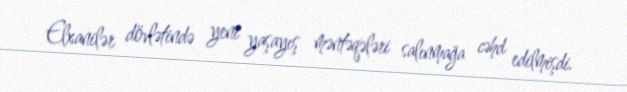
Elxanilər dövlətində yeni yaşayış məntəqələri salınmağa cəhd edilmişdi.